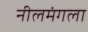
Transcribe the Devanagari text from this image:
नीलमंगला